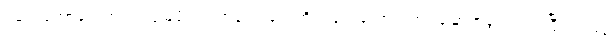
ရဲမက်တော်တွေအပြင် မြေပိုင်ရှင်ကလေးတွေကိုပါ ရွေးကောက်တင်မြှောက်ခွင့် ရလာပြီး ၁၂၉၅